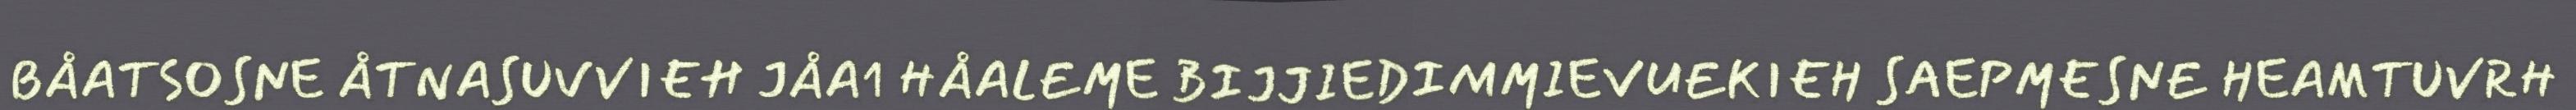
BÅATSOSNE ÅTNASUVVIEH JÅA1 HÅALEME BIJJIEDIMMIEVUEKIEH SAEPMESNE HEAMTUVRH